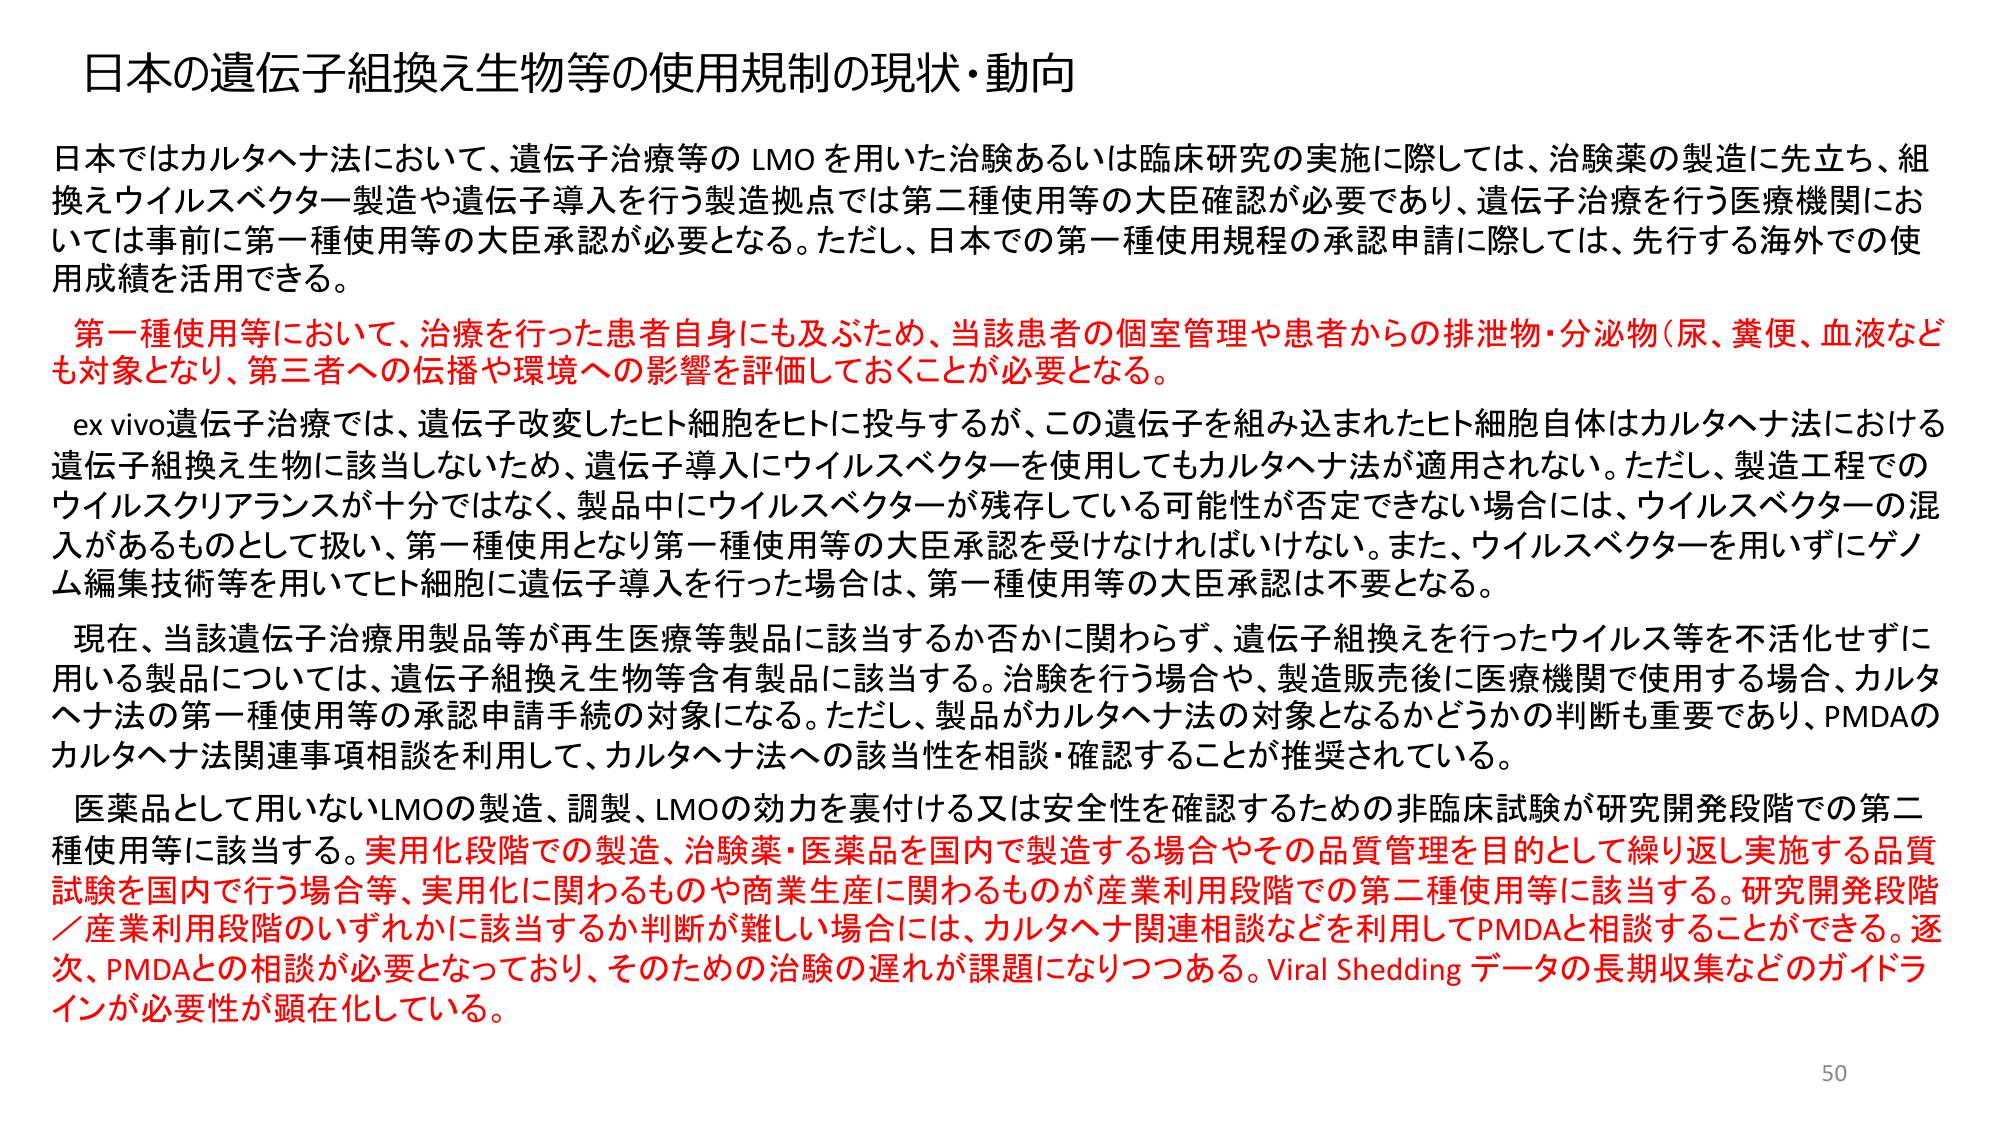
日本の遺伝子組換え生物等の使用規制の現状・動向

日本ではカルタヘナ法において、遺伝子治療等のLMOを用いた治験あるいは臨床研究の実施に際しては、治験薬の製造に先立ち、組換えウイルスベクター製造や遺伝子導入を行う製造拠点では第二種使用等の大臣確認が必要であり、遺伝子治療を行う医療機関においては事前に第一種使用等の大臣承認が必要となる。ただし、日本での第一種使用規程の承認申請に際しては、先行する海外での使用成績を活用できる。

第一種使用等において、治療を行った患者自身にも及ぶため、当該患者の個室管理や患者からの排泄物・分泌物（尿、糞便、血液なども対象となり、第三者への伝播や環境への影響を評価しておくことが必要となる。

ex vivo遺伝子治療では、遺伝子改変したヒト細胞をヒトに投与するが、この遺伝子を組み込まれたヒト細胞自体はカルタヘナ法における遺伝子組換え生物に該当しないため、遺伝子導入にウイルスベクターを使用してもカルタヘナ法が適用されない。ただし、製造工程でのウイルスクリアランスが十分ではなく、製品中にウイルスベクターが残存している可能性が否定できない場合には、ウイルスベクターの混入があるものとして扱い、第一種使用となり第一種使用等の大臣承認を受けなければならない。また、ウイルスベクターを用いずにゲノム編集技術等を用いてヒト細胞に遺伝子導入を行った場合は、第一種使用等の大臣承認は不要となる。

現在、当該遺伝子治療用製品等が再生医療等製品に該当するか否かに関わらず、遺伝子組換えを行ったウイルス等を不活化せずに用いる製品については、遺伝子組換え生物等含有製品に該当する。治験を行う場合や、製造販売後に医療機関で使用する場合、カルタヘナ法の第一種使用等の承認申請手続の対象になる。ただし、製品がカルタヘナ法の対象となるかどうかの判断も重要であり、PMDAのカルタヘナ法関連事項相談を利用して、カルタヘナ法への該当性を相談・確認することが推奨されている。

医薬品として用いないLMOの製造、調製、LMOの効力を裏付ける又は安全性を確認するための非臨床試験が研究開発段階での第二種使用等に該当する。実用化段階での製造、治験薬・医薬品を国内で製造する場合やその品質管理を目的として繰り返し実施する品質試験を国内で行う場合等、実用化に関わるものや商業生産に関わるものが産業利用段階での第二種使用等に該当する。研究開発段階／産業利用段階のいずれかに該当するか判断が難しい場合には、カルタヘナ関連相談などを利用してPMDAと相談することができる。逐次、PMDAとの相談が必要となっており、そのための治験の遅れが課題になりつつある。Viral Shedding データの長期収集などのガイドラインが必要性が顕在化している。

50